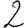
Digit: 2